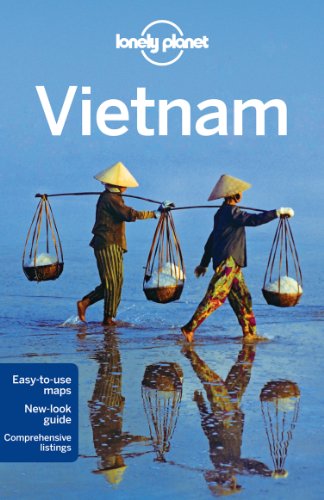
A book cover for Lonely Planet Vietnam (Travel Guide); Lonely Planet; Travel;